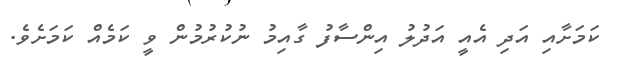
ކަމަށާއި އަދި އެއީ އަދުލު އިންސާފު ގާއިމު ނުކުރުމުން ވީ ކަމެއް ކަމަށެވެ.